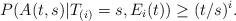
LaTeX: \begin{align*} P(A(t,s)|T_{(i)}=s,E_i(t))\ge (t/s)^i. \end{align*}